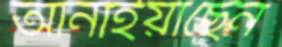
আনাইয়াছেন